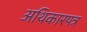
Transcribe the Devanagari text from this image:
अथिकारपत्र